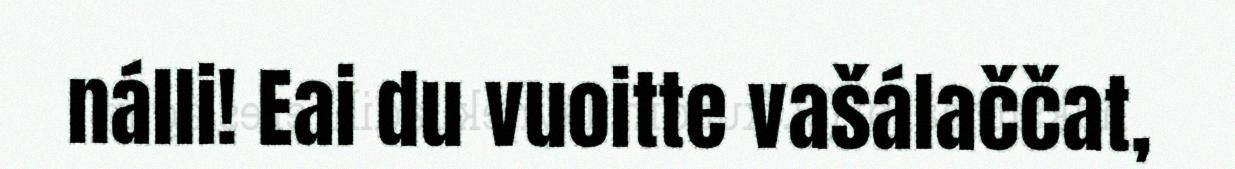
nálli! Eai du vuoitte vašálaččat,